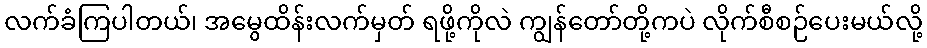
လက်ခံကြပါတယ်၊ အမွေထိန်းလက်မှတ် ရဖို့ကိုလဲ ကျွန်တော်တို့ကပဲ လိုက်စီစဉ်ပေးမယ်လို့